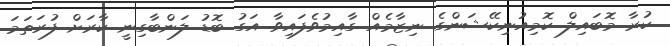
ކުރާ މޮބައިލް ކޮމިއުނިކޭޝަންގެ ނިޒާމެއް ގާއިމުވެފައިވާ އަގު ބޮޑު ލަންބާގިނީ ކާރަށް ފުރަތަމަ